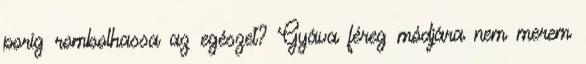
porig rombolhassa az egészet? Gyáva féreg módjára nem merem